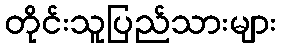
တိုင်းသူပြည်သားများ